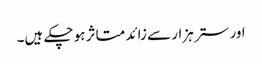
اور ستر ہزار سے زائد متاثر ہو چکے ہیں۔